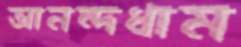
আনন্দধাম